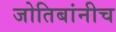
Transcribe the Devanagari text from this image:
जोतिबांनीच